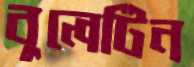
বুলেটিন